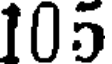
105